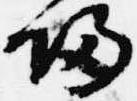
帰